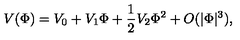
V ( \Phi ) = V _ { 0 } + V _ { 1 } \Phi + \frac { 1 } { 2 } V _ { 2 } \Phi ^ { 2 } + O ( | \Phi | ^ { 3 } ) ,